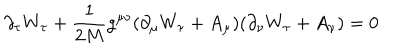
LaTeX: \partial _ { \tau } W _ { \tau } + \frac { 1 } { 2 M } g ^ { \mu \nu } ( \partial _ { \mu } W _ { \tau } + A _ { \mu } ) ( \partial _ { \nu } W _ { \tau } + A _ { \nu } ) = 0